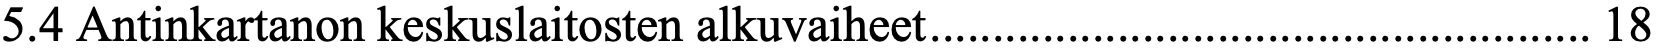
5.4 Antinkartanon keskuslaitosten alkuvaiheet ..................................................... 18